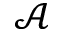
\mathcal A